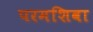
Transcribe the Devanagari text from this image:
परमशिवा